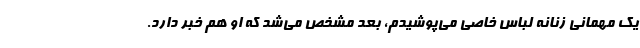
یک مهمانی زنانه لباس خاصی می‌پوشیدم، بعد مشخص می‌شد که او هم خبر دارد.